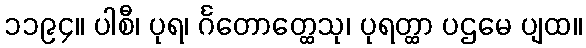
၁၁၉၄။ ပါစီ၊ ပုရ၊ င်္ဂတောတ္ထေသု၊ ပုရတ္ထာ ပဌမေ ပျထ။